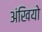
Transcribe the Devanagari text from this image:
अंखियो